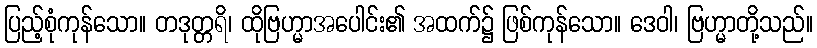
ပြည့်စုံကုန်သော။ တဒုတ္တရိ၊ ထိုဗြဟ္မာအပေါင်း၏ အထက်၌ ဖြစ်ကုန်သော။ ဒေဝါ၊ ဗြဟ္မာတို့သည်။